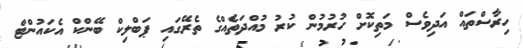
ހިރާސްތައް އަދިވެސް މަތިކޮށް ހުރުމުން ކުރު މުއްދަތެއްގެ ތެރޭގައި ޕަބްލިކް ބޭންކް އެކައުންޓް